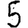
Digit: 5